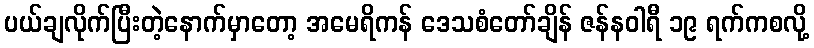
ပယ်ချလိုက်ပြီးတဲ့နောက်မှာတော့ အမေရိကန် ဒေသစံတော်ချိန် ဇန်နဝါရီ ၁၉ ရက်ကစလို့